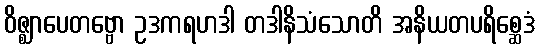
ဝိဇ္ဈာပေတဗ္ဗော ဥဒကရဟဒါ တဒါနိသံသောတိ အနိယတပရိစ္ဆေဒံ